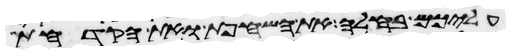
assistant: עליכם בחלה את השחפת ואת הקדחת